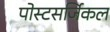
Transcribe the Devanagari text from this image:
पोस्टसर्जिकल